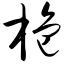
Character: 栀